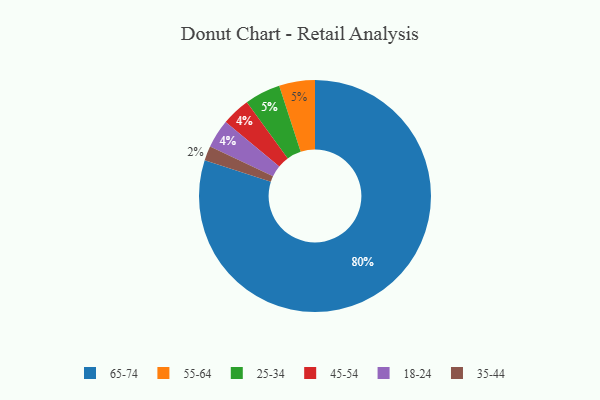
{"axis": {"x": "Category", "y": "Percentage"}, "legend": ["18-24", "25-34", "35-44", "45-54", "55-64", "65-74"], "data": [{"x": "45-54", "y": 4, "type": "45-54"}, {"x": "18-24", "y": 4, "type": "18-24"}, {"x": "65-74", "y": 80, "type": "65-74"}, {"x": "35-44", "y": 2, "type": "35-44"}, {"x": "55-64", "y": 5, "type": "55-64"}, {"x": "25-34", "y": 5, "type": "25-34"}]}